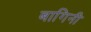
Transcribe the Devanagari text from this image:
बागिनी